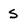
Character: S